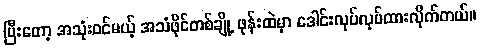
ပြီးတော့ အသုံးဝင်မယ့် အသံဖိုင်တစ်ချို့ ဖုန်းထဲမှာ ဒေါင်းလုပ်လုပ်ထားလိုက်တယ်။